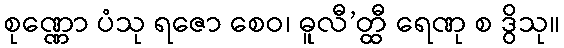
စုဏ္ဏော ပံသု ရဇော စေဝ၊ ဓူလီ’တ္ထီ ရေဏု စ ဒွိသု။